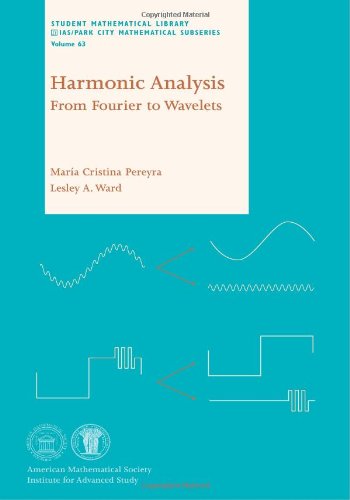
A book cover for Harmonic Analysis: From Fourier to Wavelets (Student Mathematical Library); MarÃ­a Cristina Pereyra; Science & Math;